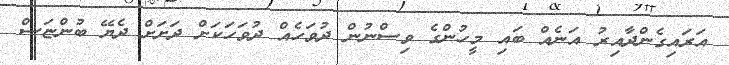
އަރައިގެންދާއިރު އަނެއް ބައި މީހުންގެ ވިސްނުން ދުވަހެއް ދުވަހަކަށް ދަށަށް ދެޔޭ ބުންޏަސް